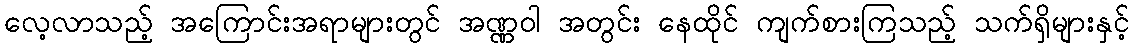
လေ့လာသည့် အကြောင်းအရာများတွင် အဏ္ဏဝါ အတွင်း နေထိုင် ကျက်စားကြသည့် သက်ရှိများနှင့်